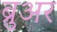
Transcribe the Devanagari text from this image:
ब्रुअर